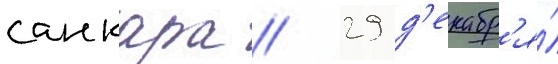
санкара // 29 д'екабр'я́